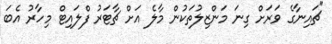
"ޗައިނާގެ ވަރަށް ގިނަ މަންޒިލުތަކުން މާލެ އަށް ޗާޓަރު ފްލައިޓް މިހާރު އެބަ